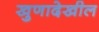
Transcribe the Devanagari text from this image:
खुणादेखील